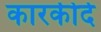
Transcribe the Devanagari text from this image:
कारकीर्द